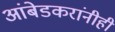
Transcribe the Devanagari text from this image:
आंबेडकरांनीही